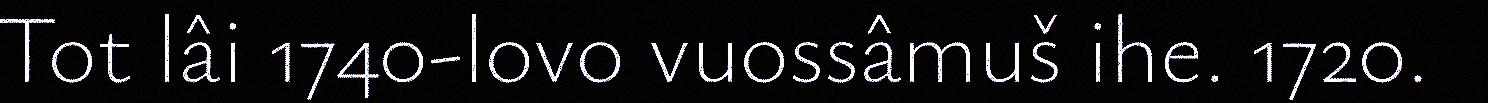
Tot lâi 1740-lovo vuossâmuš ihe. 1720.